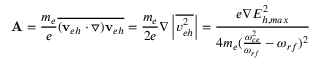
{ \bf A } = \frac { m _ { e } } { e } \overline { { ( \mathbf { v } _ { e h } \cdot \triangledown ) \mathbf { v } _ { e h } } } = \frac { m _ { e } } { 2 e } \nabla \left| \overline { { v _ { e h } ^ { 2 } } } \right| = \frac { e \nabla E _ { h , m a x } ^ { 2 } } { 4 m _ { e } ( \frac { \omega _ { c e } ^ { 2 } } { \omega _ { r f } } - \omega _ { r f } ) ^ { 2 } }